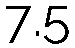
7.5